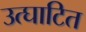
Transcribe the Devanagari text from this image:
उत्घाटित